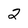
Character: 2